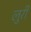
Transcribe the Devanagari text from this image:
लुरी